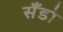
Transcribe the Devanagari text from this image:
सँडो